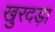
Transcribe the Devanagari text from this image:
खुरदड़ा